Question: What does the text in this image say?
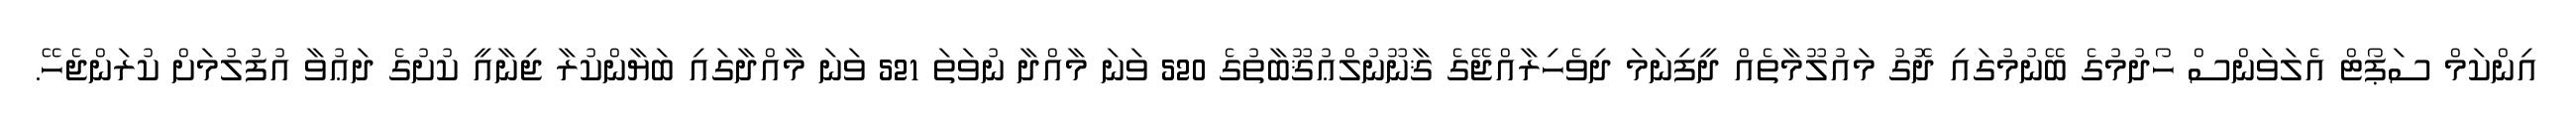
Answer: އިންކަމް ސަޕޯޓް އެލަވަންސް ހޯދުމުގެ ބޭނުމުގައި ދޮގު މައުލޫމާތެއް ދީފިނަމަ ދިވެހިރާއްޖޭގެ ޤާނޫނުލްޢުޤޫބާތުގެ 520 ވަނަ މާއްދާ ނުވަތަ 521 ވަނަ މާއްދާގައި ބަޔާންކުރާ ޖިނާއީ ކުށުގެ ދަޢުވާ އުފުލުމަށް ކުރަންޖެހޭ.